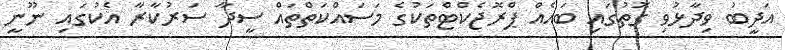
އަދީބު ވިދާޅުވި ގޮތުގައި ބައެއް ޕްރޮޖެކްޓްތަކުގެ މަސައްކަތްތައް ސީދާ ސަރުކާރާ އެކުގައި ނޫނީ